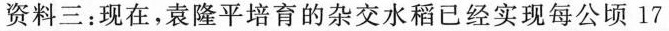
资料三：现在，袁隆平培育的杂交水稻已经实现每公顷17